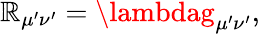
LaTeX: \mathbb{R}_{\mu^{\prime}\nu^{\prime}}=\lambdag_{\mu^{\prime}\nu^{\prime}},